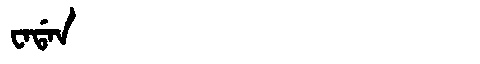
Manchu: ᠸᠠᡩᠠᠨ
Romanization: WADAN